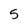
Character: 5